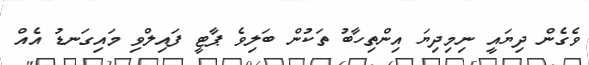
ވެގެން ދިޔައީ ނިމިދިޔަ އިންތިހާބު ތަކުން ބަލިވެ ޕާޓީ ފައިލްވި މައިގަނޑު އެއް